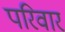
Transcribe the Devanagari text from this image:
परिवार